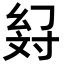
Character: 𢇉